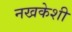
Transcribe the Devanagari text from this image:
नखकेशी